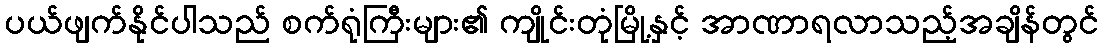
ပယ်ဖျက်နိုင်ပါသည် စက်ရုံကြီးများ၏ ကျိုင်းတုံမြို့နှင့် အာဏာရလာသည့်အချိန်တွင်